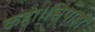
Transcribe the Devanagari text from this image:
कहा।सिपाही